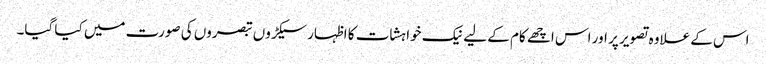
اس کے علاوہ تصویر پر اور اس اچھے کام کے لیے نیک خواہشات کا اظہار سیکڑوں تبصروں کی صورت میں کیا گیا۔